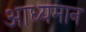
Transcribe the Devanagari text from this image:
आध्यमान